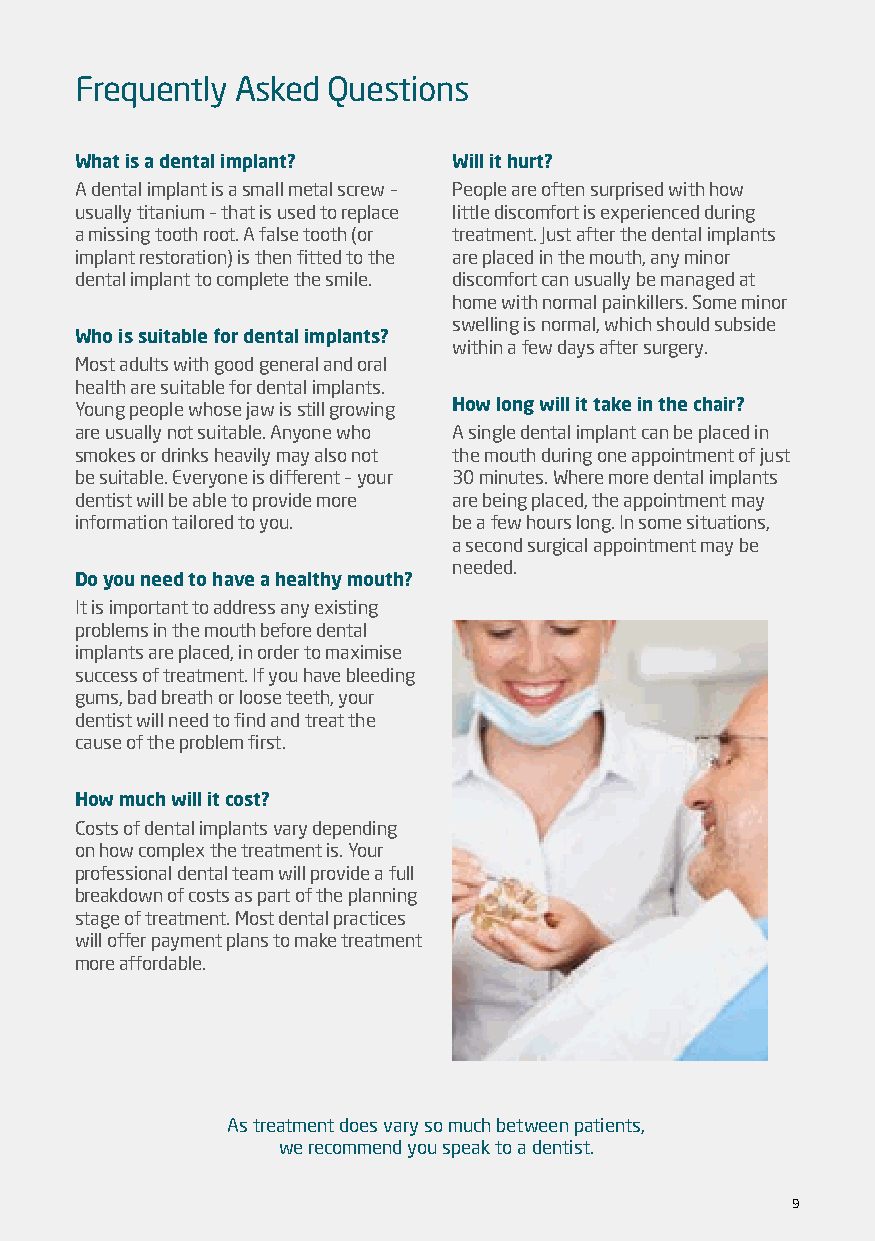
Frequently Asked Questions
 What is a dental implant? Will it hurt?
 A dental implant is a small metal screw – People are often surprised with how
 usually titanium – that is used to replace little discomfort is experienced during
 a missing tooth root. A false tooth (or treatment. Just after the dental implants
 implant restoration) is then fitted to the are placed in the mouth, any minor
 dental implant to complete the smile. discomfort can usually be managed at
 home with normal painkillers. Some minor
 swelling is normal, which should subside
 Who is suitable for dental implants?
 within a few days after surgery.
 Most adults with good general and oral
 health are suitable for dental implants.
 Young people whose jaw is still growing How long will it take in the chair?
 are usually not suitable. Anyone who A single dental implant can be placed in
 smokes or drinks heavily may also not the mouth during one appointment of just
 be suitable. Everyone is different – your 30 minutes. Where more dental implants
 dentist will be able to provide more are being placed, the appointment may
 information tailored to you. be a few hours long. In some situations,
 a second surgical appointment may be
 needed.
 Do you need to have a healthy mouth?
 It is important to address any existing
 problems in the mouth before dental
 implants are placed, in order to maximise
 success of treatment. If you have bleeding
 gums, bad breath or loose teeth, your
 dentist will need to find and treat the
 cause of the problem first.
 How much will it cost?
 Costs of dental implants vary depending
 on how complex the treatment is. Your
 professional dental team will provide a full
 breakdown of costs as part of the planning
 stage of treatment. Most dental practices
 will offer payment plans to make treatment
 more affordable.
 As treatment does vary so much between patients,
 we recommend you speak to a dentist.
 9